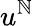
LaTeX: u^{\mathbb{N}}